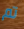
تم